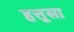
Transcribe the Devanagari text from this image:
हत्तूसा